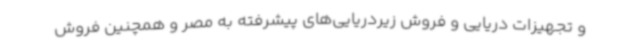
و تجهیزات دریایی و فروش زیردریایی‌های پیشرفته به مصر و همچنین فروش